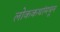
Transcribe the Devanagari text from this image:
लोककथांमधून